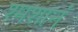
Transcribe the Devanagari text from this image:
श्मशानं